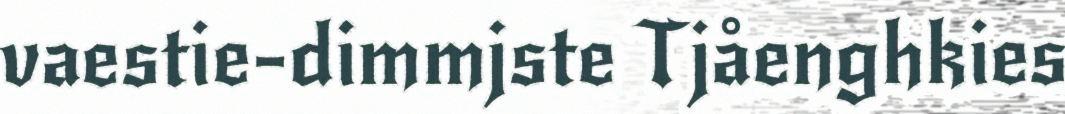
vaestie-dimmjste Tjåenghkies